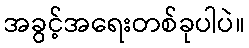
အခွင့်အရေးတစ်ခုပါပဲ။